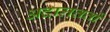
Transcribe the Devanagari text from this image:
अदालततों